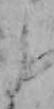
よ